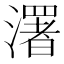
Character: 濖